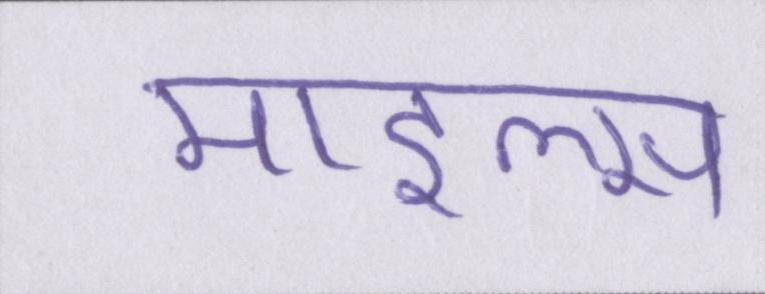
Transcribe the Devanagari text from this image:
माइल्स